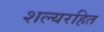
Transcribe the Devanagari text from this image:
शल्यरहित